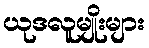
ယုဒလူမျိုးများ